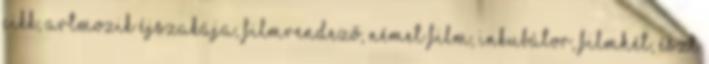
cikk, Artmozik éjszakája, Filmrendező, német film, Inkubátor, Filmhét, Észt